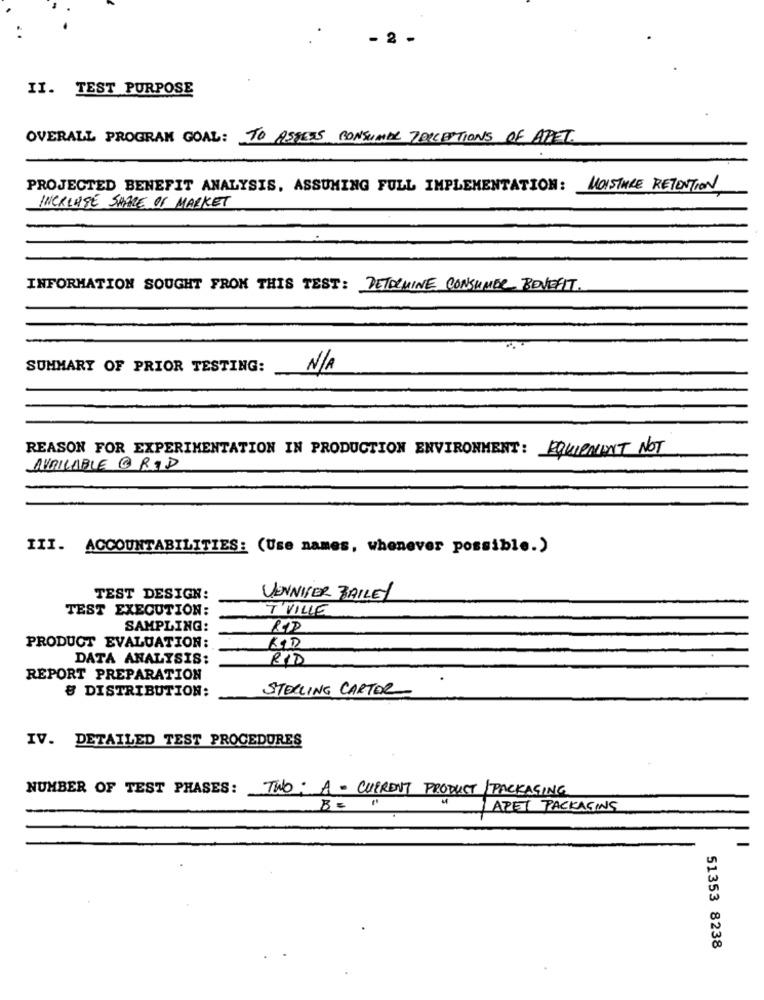
- 2 -
II. TEST PURPOSE
OVERALL PROGRAM GOAL: TO ASSESS CONSUMAR TOPCEPTIONS OF APPET.
PROJECTED BENEFIT ANALYSIS, ASSUMING FULL IMPLEMENTATION: MOISTURE RETENTION
INCREASE SHARE OF MARKET
INFORMATION SOUGHT FROM THIS TEST: DETOCHINE CONSUMER BEVERT.
SUMMARY OF PRIOR TESTING:
REASON FOR EXPERIMENTATION IN PRODUCTION ENVIRONMENT: EQUIPMENT NOT
AVAILABLE @ ROD
III. ACCOUNTABILITIES: (Use names, whenever possible.)
TEST DESIGN:
JENNIFER BAILEY
TEST EXECUTION:
T VILLE
SAMPLING:
PRODUCT EVALUATION:
RID
DATA ANALYSIS:
RID
REPORT PREPARATION
& DISTRIBUTION;
STELLING CARTER
IV. DETAILED TEST PROCEDURES
NUMBER OF TEST PHASES: TWO: A- CURRENT PRODUCT /PACKAGING
B= "
APET PACKAGING
51353 8238